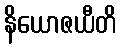
နိယောဇယီတိ